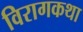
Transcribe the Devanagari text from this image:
विरागकथा